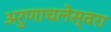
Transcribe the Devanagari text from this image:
अरुणाचलेस्वरा